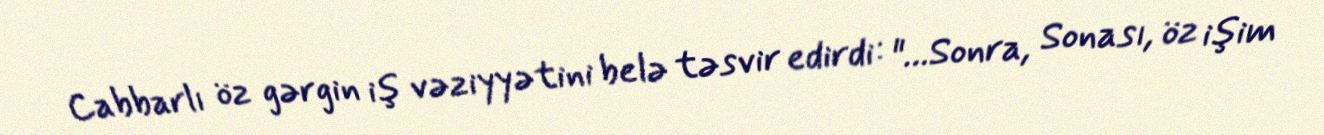
Cabbarlı öz gərgin iş vəziyyətini belə təsvir edirdi: "…Sonra, Sonası, öz işim